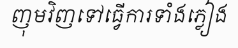
ញុមវិញទៅធ្វើការទាំងភ្លៀង